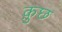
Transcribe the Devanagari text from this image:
क़ुछ